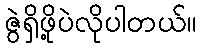
ဇွဲရှိဖို့ပဲလိုပါတယ်။